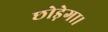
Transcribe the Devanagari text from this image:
छोड़ेगा।